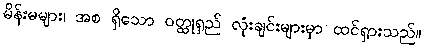
မိန်းမများ၊ အစ ရှိသော ဝတ္ထုရှည် လုံးချင်းများမှာ ထင်ရှားသည်။